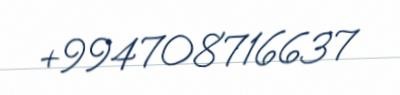
+994708716637